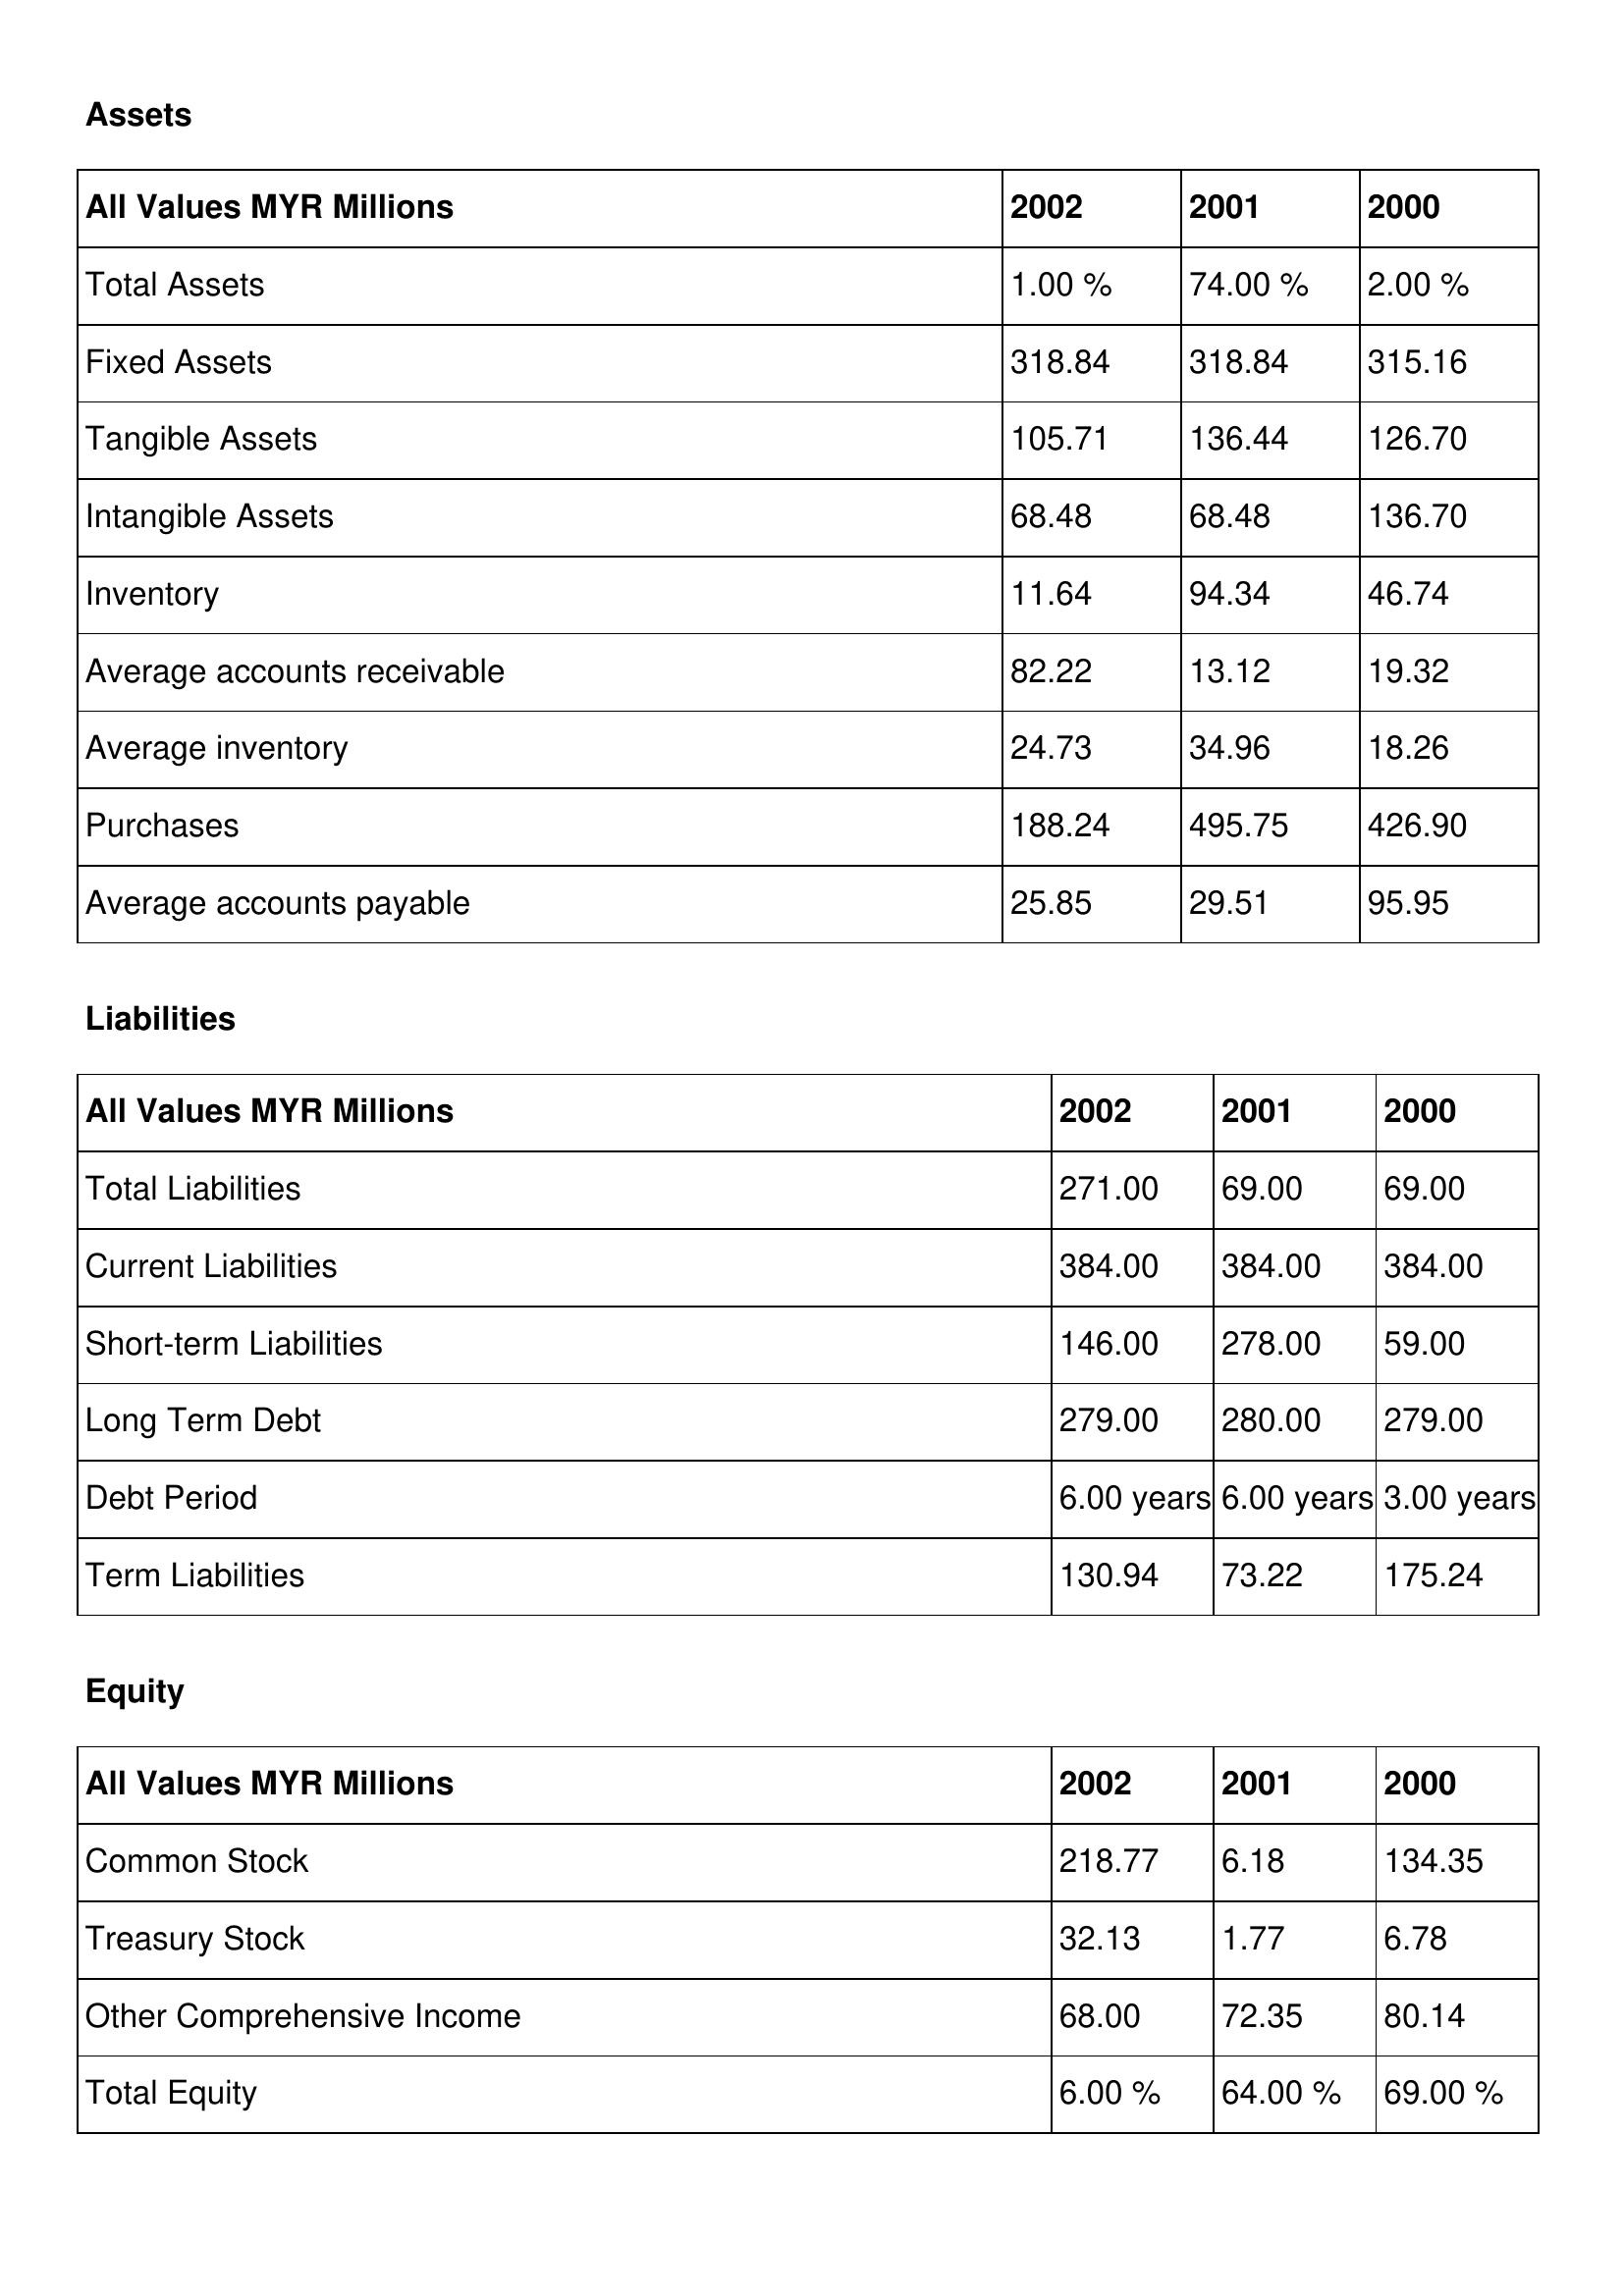
gt_parse: 2002: Assets: Total Assets: 1.00 %
Fixed Assets: 318.84
Tangible Assets: 105.71
Intangible Assets: 68.48
Inventory: 11.64
Average accounts receivable: 82.22
Average inventory: 24.73
Purchases: 188.24
Average accounts payable: 25.85
Liabilities: Total Liabilities: 271.00
Current Liabilities: 384.00
Short-term Liabilities: 146.00
Long Term Debt: 279.00
Debt Period: 6.00 years
Term Liabilities: 130.94
Equity: Common Stock: 218.77
Treasury Stock: 32.13
Other Comprehensive Income: 68.00
Total Equity: 6.00 %
2001: Assets: Total Assets: 74.00 %
Fixed Assets: 318.84
Tangible Assets: 136.44
Intangible Assets: 68.48
Inventory: 94.34
Average accounts receivable: 13.12
Average inventory: 34.96
Purchases: 495.75
Average accounts payable: 29.51
Liabilities: Total Liabilities: 69.00
Current Liabilities: 384.00
Short-term Liabilities: 278.00
Long Term Debt: 280.00
Debt Period: 6.00 years
Term Liabilities: 73.22
Equity: Common Stock: 6.18
Treasury Stock: 1.77
Other Comprehensive Income: 72.35
Total Equity: 64.00 %
2000: Assets: Total Assets: 2.00 %
Fixed Assets: 315.16
Tangible Assets: 126.70
Intangible Assets: 136.70
Inventory: 46.74
Average accounts receivable: 19.32
Average inventory: 18.26
Purchases: 426.90
Average accounts payable: 95.95
Liabilities: Total Liabilities: 69.00
Current Liabilities: 384.00
Short-term Liabilities: 59.00
Long Term Debt: 279.00
Debt Period: 3.00 years
Term Liabilities: 175.24
Equity: Common Stock: 134.35
Treasury Stock: 6.78
Other Comprehensive Income: 80.14
Total Equity: 69.00 %